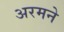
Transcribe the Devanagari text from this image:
अरमने